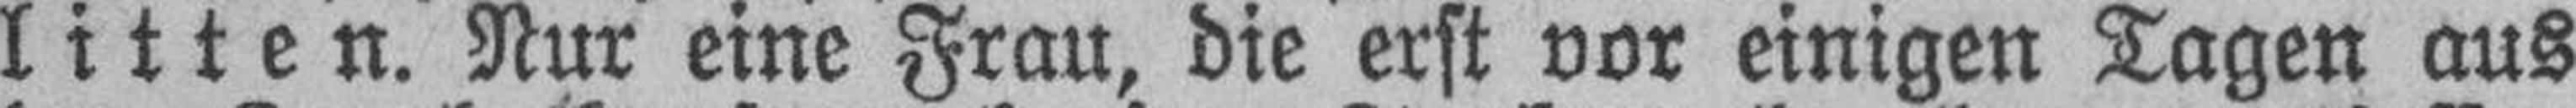
litten. Nur eine Frau, die erst vor einigen Tagen aus